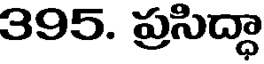
395. ప్రసిద్ధా